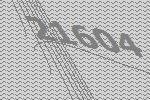
21604